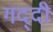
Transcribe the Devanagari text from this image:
गद्‍दी